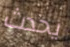
يحدث